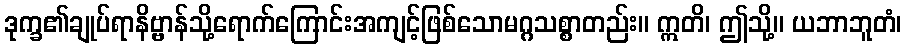
ဒုက္ခ၏ချုပ်ရာနိဗ္ဗာန်သို့ရောက်ကြောင်းအကျင့်ဖြစ်သောမဂ္ဂသစ္စာတည်း။ ဣတိ၊ ဤသို့။ ယဘာဘူတံ၊